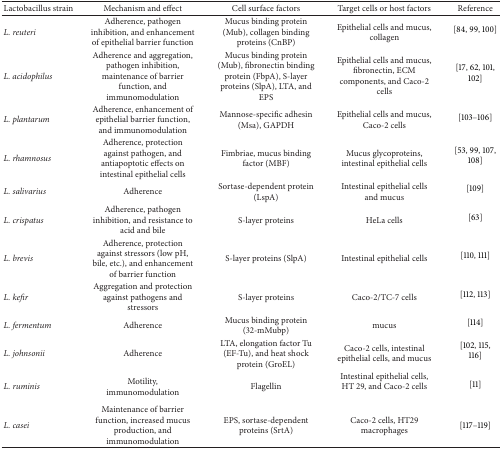
| Lactobacillus strain | Mechanism and effect | Cell surface factors | Target cells or host factors | Reference |
 | --- | --- | --- | --- | --- |
 | L. reuteri | Adherence, pathogen inhibition, and enhancement of epithelial barrier function | Mucus binding protein (Mub), collagen binding proteins (CnBP) | Epithelial cells and mucus, collagen | [84, 99, 100] |
 | L. acidophilus | Adherence and aggregation, pathogen inhibition, maintenance of barrier function, and immunomodulation | Mucus binding protein (Mub), fibronectin binding protein (FbpA), S-layer proteins (SlpA), LTA, and EPS | Epithelial cells and mucus, fibronectin, ECM components, and Caco-2 cells | [17, 62, 101, 102] |
 | L. plantarum | Adherence, enhancement of epithelial barrier function, and immunomodulation | Mannose-specific adhesin (Msa), GAPDH | Epithelial cells and mucus, Caco-2 cells | [103–106] |
 | L. rhamnosus | Adherence, protection against pathogen, and antiapoptotic effects on intestinal epithelial cells | Fimbriae, mucus binding factor (MBF) | Mucus glycoproteins, intestinal epithelial cells | [53, 99, 107, 108] |
 | L. salivarius | Adherence | Sortase-dependent protein (LspA) | Intestinal epithelial cells and mucus | [109] |
 | L. crispatus | Adherence, pathogen inhibition, and resistance to acid and bile | S-layer proteins | HeLa cells | [63] |
 | L. brevis | Adherence, protection against stressors (low pH, bile, etc.), and enhancement of barrier function | S-layer proteins (SlpA) | Intestinal epithelial cells | [110, 111] |
 | L. kefir | Aggregation and protection against pathogens and stressors | S-layer proteins | Caco-2/TC-7 cells | [112, 113] |
 | L. fermentum | Adherence | Mucus binding protein (32-mMubp) | mucus | [114] |
 | L. johnsonii | Adherence | LTA, elongation factor Tu (EF-Tu), and heat shock protein (GroEL) | Caco-2 cells, intestinal epithelial cells, and mucus | [102, 115, 116] |
 | L. ruminis | Motility, immunomodulation | Flagellin | Intestinal epithelial cells, HT 29, and Caco-2 cells | [11] |
 | L. casei | Maintenance of barrier function, increased mucus production, and immunomodulation | EPS, sortase-dependent proteins (SrtA) | Caco-2 cells, HT29 macrophages | [117–119] |